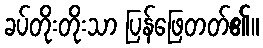
ခပ်တိုးတိုးသာ ပြန်ဖြေတတ်၏။